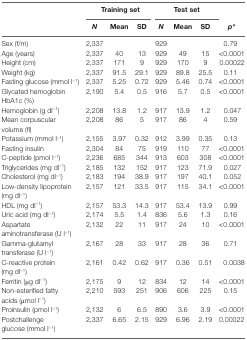
<table><thead><tr><td rowspan="2"></td><td colspan="3"><b>Training set</b></td><td colspan="3"><b>Test set</b></td><td></td></tr><tr><td><b><i>N</i></b></td><td><b>Mean</b></td><td><b>SD</b></td><td><b><i>N</i></b></td><td><b>Mean</b></td><td><b>SD</b></td><td><b><i>p</i>*</b></td></tr></thead><tbody><tr><td>Sex (f/m)</td><td>2,337</td><td></td><td></td><td>929</td><td></td><td></td><td>0.79</td></tr><tr><td>Age (years)</td><td>2,337</td><td>40</td><td>13</td><td>929</td><td>49</td><td>15</td><td>&lt;0.0001</td></tr><tr><td>Height (cm)</td><td>2,337</td><td>171</td><td>9</td><td>929</td><td>170</td><td>9</td><td>0.00022</td></tr><tr><td>Weight (kg)</td><td>2,337</td><td>91.5</td><td>29.1</td><td>929</td><td>89.8</td><td>25.5</td><td>0.11</td></tr><tr><td>Fasting glucose (mmol l<sup>−1</sup>)</td><td>2,337</td><td>5.25</td><td>0.72</td><td>929</td><td>5.46</td><td>0.74</td><td>&lt;0.0001</td></tr><tr><td>Glycated hemoglobin HbA1c (%)</td><td>2,190</td><td>5.4</td><td>0.5</td><td>916</td><td>5.7</td><td>0.5</td><td>&lt;0.0001</td></tr><tr><td>Hemoglobin (g dl<sup>−1</sup>)</td><td>2,208</td><td>13.8</td><td>1.2</td><td>917</td><td>13.9</td><td>1.2</td><td>0.047</td></tr><tr><td>Mean corpuscular volume (fl)</td><td>2,208</td><td>86</td><td>5</td><td>917</td><td>86</td><td>4</td><td>0.59</td></tr><tr><td>Potassium (mmol l<sup>−1</sup>)</td><td>2,155</td><td>3.97</td><td>0.32</td><td>912</td><td>3.99</td><td>0.35</td><td>0.13</td></tr><tr><td>Fasting insulin</td><td>2,304</td><td>84</td><td>75</td><td>919</td><td>110</td><td>77</td><td>&lt;0.0001</td></tr><tr><td>C-peptide (pmol l<sup>−1</sup>)</td><td>2,236</td><td>685</td><td>344</td><td>913</td><td>603</td><td>308</td><td>&lt;0.0001</td></tr><tr><td>Triglycerides (mg dl<sup>−1</sup>)</td><td>2,185</td><td>132</td><td>152</td><td>917</td><td>123</td><td>71.9</td><td>0.027</td></tr><tr><td>Cholesterol (mg dl<sup>−1</sup>)</td><td>2,183</td><td>194</td><td>38.9</td><td>917</td><td>197</td><td>40.1</td><td>0.052</td></tr><tr><td>Low-density lipoprotein (mg dl<sup>−1</sup>)</td><td>2,157</td><td>121</td><td>33.5</td><td>917</td><td>115</td><td>34.1</td><td>&lt;0.0001</td></tr><tr><td>HDL (mg dl<sup>−1</sup>)</td><td>2,157</td><td>53.3</td><td>14.3</td><td>917</td><td>53.4</td><td>13.9</td><td>0.99</td></tr><tr><td>Uric acid (mg dl<sup>−1</sup>)</td><td>2,174</td><td>5.5</td><td>1.4</td><td>836</td><td>5.6</td><td>1.3</td><td>0.16</td></tr><tr><td>Aspartate aminotransferase (U l<sup>−1</sup>)</td><td>2,132</td><td>22</td><td>11</td><td>917</td><td>24</td><td>10</td><td>&lt;0.0001</td></tr><tr><td>Gamma-glutamyl transferase (U l<sup>−1</sup>)</td><td>2,167</td><td>28</td><td>33</td><td>917</td><td>28</td><td>36</td><td>0.71</td></tr><tr><td>C-reactive protein (mg dl<sup>−1</sup>)</td><td>2,161</td><td>0.42</td><td>0.62</td><td>917</td><td>0.36</td><td>0.51</td><td>0.0038</td></tr><tr><td>Ferritin (μg dl<sup>−1</sup>)</td><td>2,175</td><td>9</td><td>12</td><td>834</td><td>12</td><td>14</td><td>&lt;0.0001</td></tr><tr><td>Non-esterified fatty acids (μmol l<sup>−1</sup>)</td><td>2,210</td><td>593</td><td>251</td><td>906</td><td>606</td><td>225</td><td>0.15</td></tr><tr><td>Proinsulin (pmol l<sup>−1</sup>)</td><td>2,132</td><td>6</td><td>6.5</td><td>890</td><td>3.6</td><td>3.9</td><td>&lt;0.0001</td></tr><tr><td>Postchallenge glucose (mmol l<sup>−1</sup>)</td><td>2,337</td><td>6.65</td><td>2.15</td><td>929</td><td>6.96</td><td>2.19</td><td>0.00022</td></tr></tbody></table>